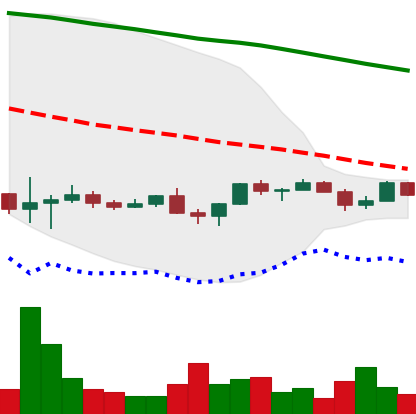
Ticker: NEO-USD
Chart end date: 2022-12-01
Forward return: 5.407%
Label: up_5_7